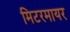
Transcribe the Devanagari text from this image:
मिटरमायर